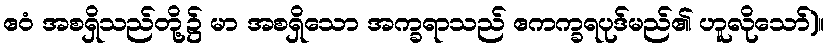
ဧဝံ အစရှိသည်တို့၌ မာ အစရှိသော အက္ခရာသည် ဧကက္ခရပုဒ်မည်၏ ဟူလိုသော်)။